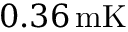
0 . 3 6 \, \mathrm { m K }